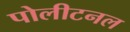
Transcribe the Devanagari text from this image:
पोलीटनल